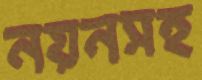
নয়নসহ